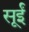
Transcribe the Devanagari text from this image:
सूईं